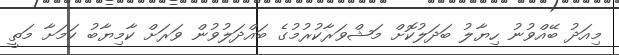
މިއަދު ބޭއްވުނު ހިޔާލު ބަދަލުކޮށް މަޝްވަރާކުރުމުގެ ބައްދަލުވުން ވަރަށް ކާމިޔާބު ކަމަށާ މަތީ